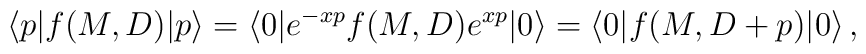
\langle p|f(M,D)|p\rangle= \langle 0|e^{-xp}f(M,D)e^{xp}|0\rangle= \langle 0|f(M,D+p)|0\rangle\,,